Scottish Leaving Certificate Examination, 1958
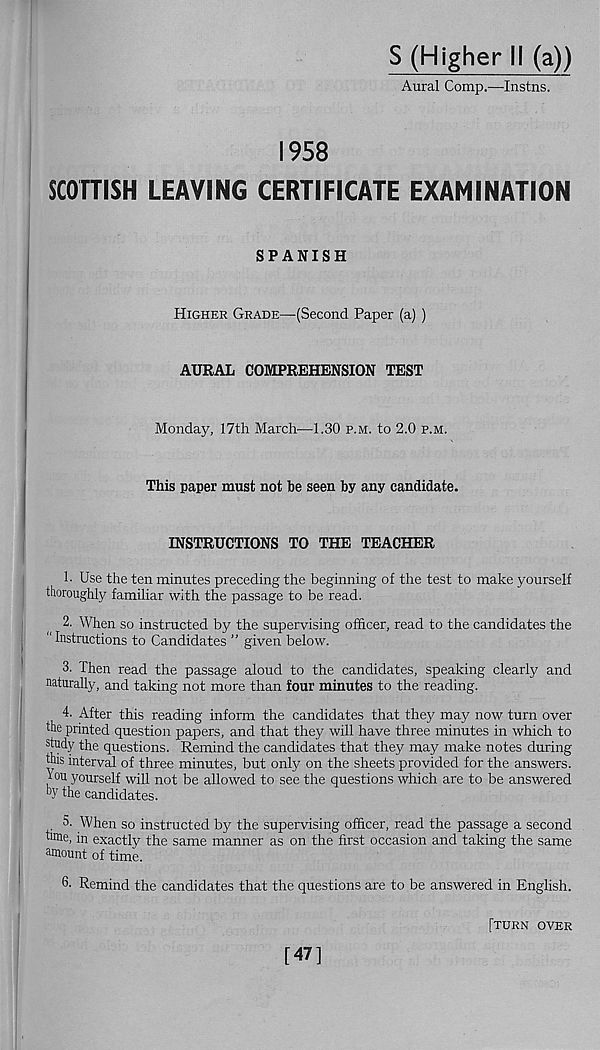
S (Higher II (a))
Aural Comp.—Instns.
1958
SCOTTISH LEAVING CERTIFICATE EXAMINATION
SPANISH
Higher Grade—(Second Paper (a) )
AURAL COMPREHENSION TEST
Monday, 17th March—1.30 p.m. to 2.0 p.m.
This paper must not he seen by any candidate.
INSTRUCTIONS TO THE TEACHER
1. Use the ten minutes preceding the beginning of the test to make yourself
thoroughly familiar with the passage to be read.
2. When so instructed by the supervising officer, read to the candidates the
“Instructions to Candidates ” given below.
3. Then read the passage aloud to the candidates, speaking clearly and
naturally, and taking not more than four minutes to the reading.
4. After this reading inform the candidates that they may now turn over
the printed question papers, and that they will have three minutes in which to
study the questions. Remind the candidates that they may make notes during
this interval of three minutes, but only on the sheets provided for the answers.
You yourself will not be allowed to see the questions which are to be answered
hy the candidates.
5. When so instructed by the supervising officer, read the passage a second
t'me, in exactly the same manner as on the first occasion and taking the same
uniount of time.
6. Remind the candidates that the questions are to be answered in English.
[47]
[turn over